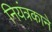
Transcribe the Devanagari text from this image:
नियंत्रकाने